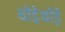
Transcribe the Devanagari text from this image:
थोडे़थोड़े